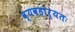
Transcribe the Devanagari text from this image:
व्यवहार्यतः